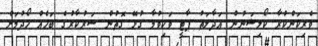
ވެރިކަންކުރާ ކޯލިޝަނުން އަދާލަތު ޕާޓީ ވަކިވުމާ ގުޅޭ ގޮތުން ސަރުކާރުގެ ބަހެއް ހޯދުމަށް